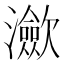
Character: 㶑